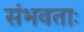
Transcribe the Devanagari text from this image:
संभवताः